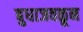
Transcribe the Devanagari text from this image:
बुधाजवळून